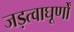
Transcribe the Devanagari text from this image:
जड़त्वाघूर्णों